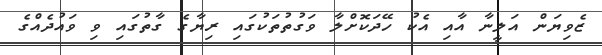
ޒެވިޔަން އަލީނާ އާއި އެކު ހޭދަކޮށްލާ ވަގުތުތަކުގައި ރިޔާގެ ގާތުގައި ވި ވައުދެއްގެ